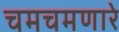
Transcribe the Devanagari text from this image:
चमचमणारे